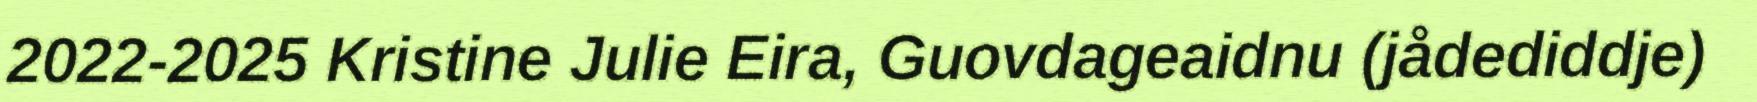
2022-2025 Kristine Julie Eira, Guovdageaidnu (jådediddje)